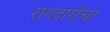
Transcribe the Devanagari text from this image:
रागदारीचा